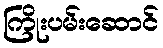
ကြိုးပမ်းဆောင်